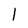
Character: I